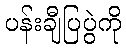
ပန်းချီပြပွဲကို